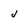
Character: j